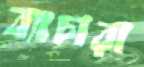
ব্যাচারা